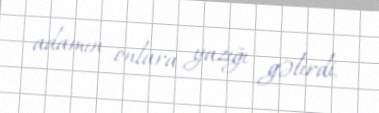
adamın onlara yazığı gəlirdi.